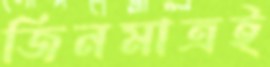
জিনমাত্রই